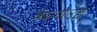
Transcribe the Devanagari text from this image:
बैकगाउंड